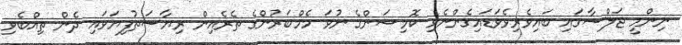
ނިންމީ ޖަލްސާގައި ބައިވެރިވެވަޑައިގެންނެވި ކޮމިޝަންގެ ނުވަ މެމްބަރުންގެ ތެރެއިން ރިޔާސަތުފިޔަވައި ދެން ތިއްބެވި